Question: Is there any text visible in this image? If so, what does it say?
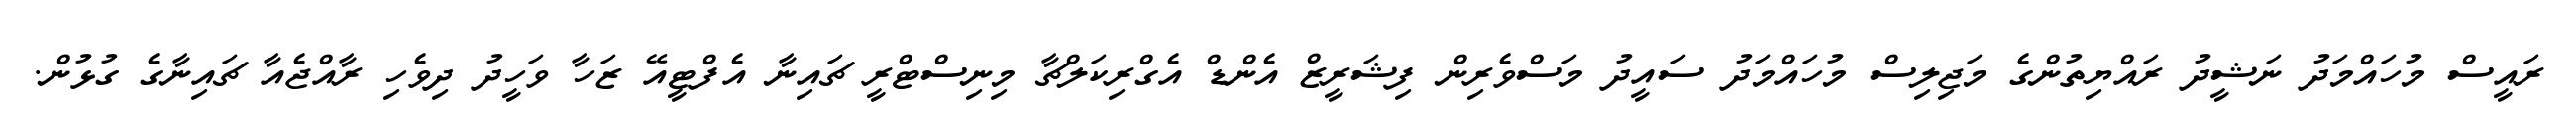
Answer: ރައީސް މުހައްމަދު ނަޝީދު ރައްޔިތުންގެ މަޖިލިސް މުހައްމަދު ސައީދު މަސްވެރިން ފިޝަރީޒް އެންޑް އެގްރިކަލްޗާ މިނިސްޓްރީ ޗައިނާ އެފްޓީއޭ ޒަހާ ވަހީދު ދިވެހި ރާއްޖެއާ ޗައިނާގެ ގުޅުން.